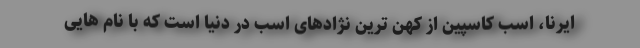
ایرنا، اسب کاسپین از کهن ترین نژادهای اسب در دنیا است که با نام هایی